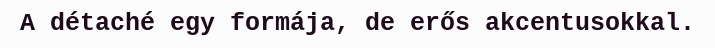
A détaché egy formája, de erős akcentusokkal.